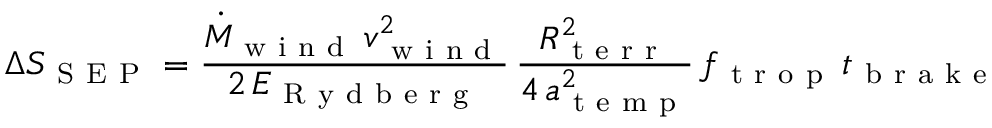
\Delta S _ { \mathrm { ~ S ~ E ~ P ~ } } = \frac { \dot { M } _ { \mathrm { ~ w ~ i ~ n ~ d ~ } } \, v _ { \mathrm { ~ w ~ i ~ n ~ d ~ } } ^ { 2 } } { 2 \, E _ { \mathrm { ~ R ~ y ~ d ~ b ~ e ~ r ~ g ~ } } } \, \frac { R _ { \mathrm { ~ t ~ e ~ r ~ r ~ } } ^ { 2 } } { 4 \, a _ { \mathrm { ~ t ~ e ~ m ~ p ~ } } ^ { 2 } } \, f _ { \mathrm { ~ t ~ r ~ o ~ p ~ } } \, t _ { \mathrm { ~ b ~ r ~ a ~ k ~ e ~ } }